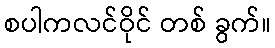
စပါကလင်ဝိုင် တစ် ခွက်။